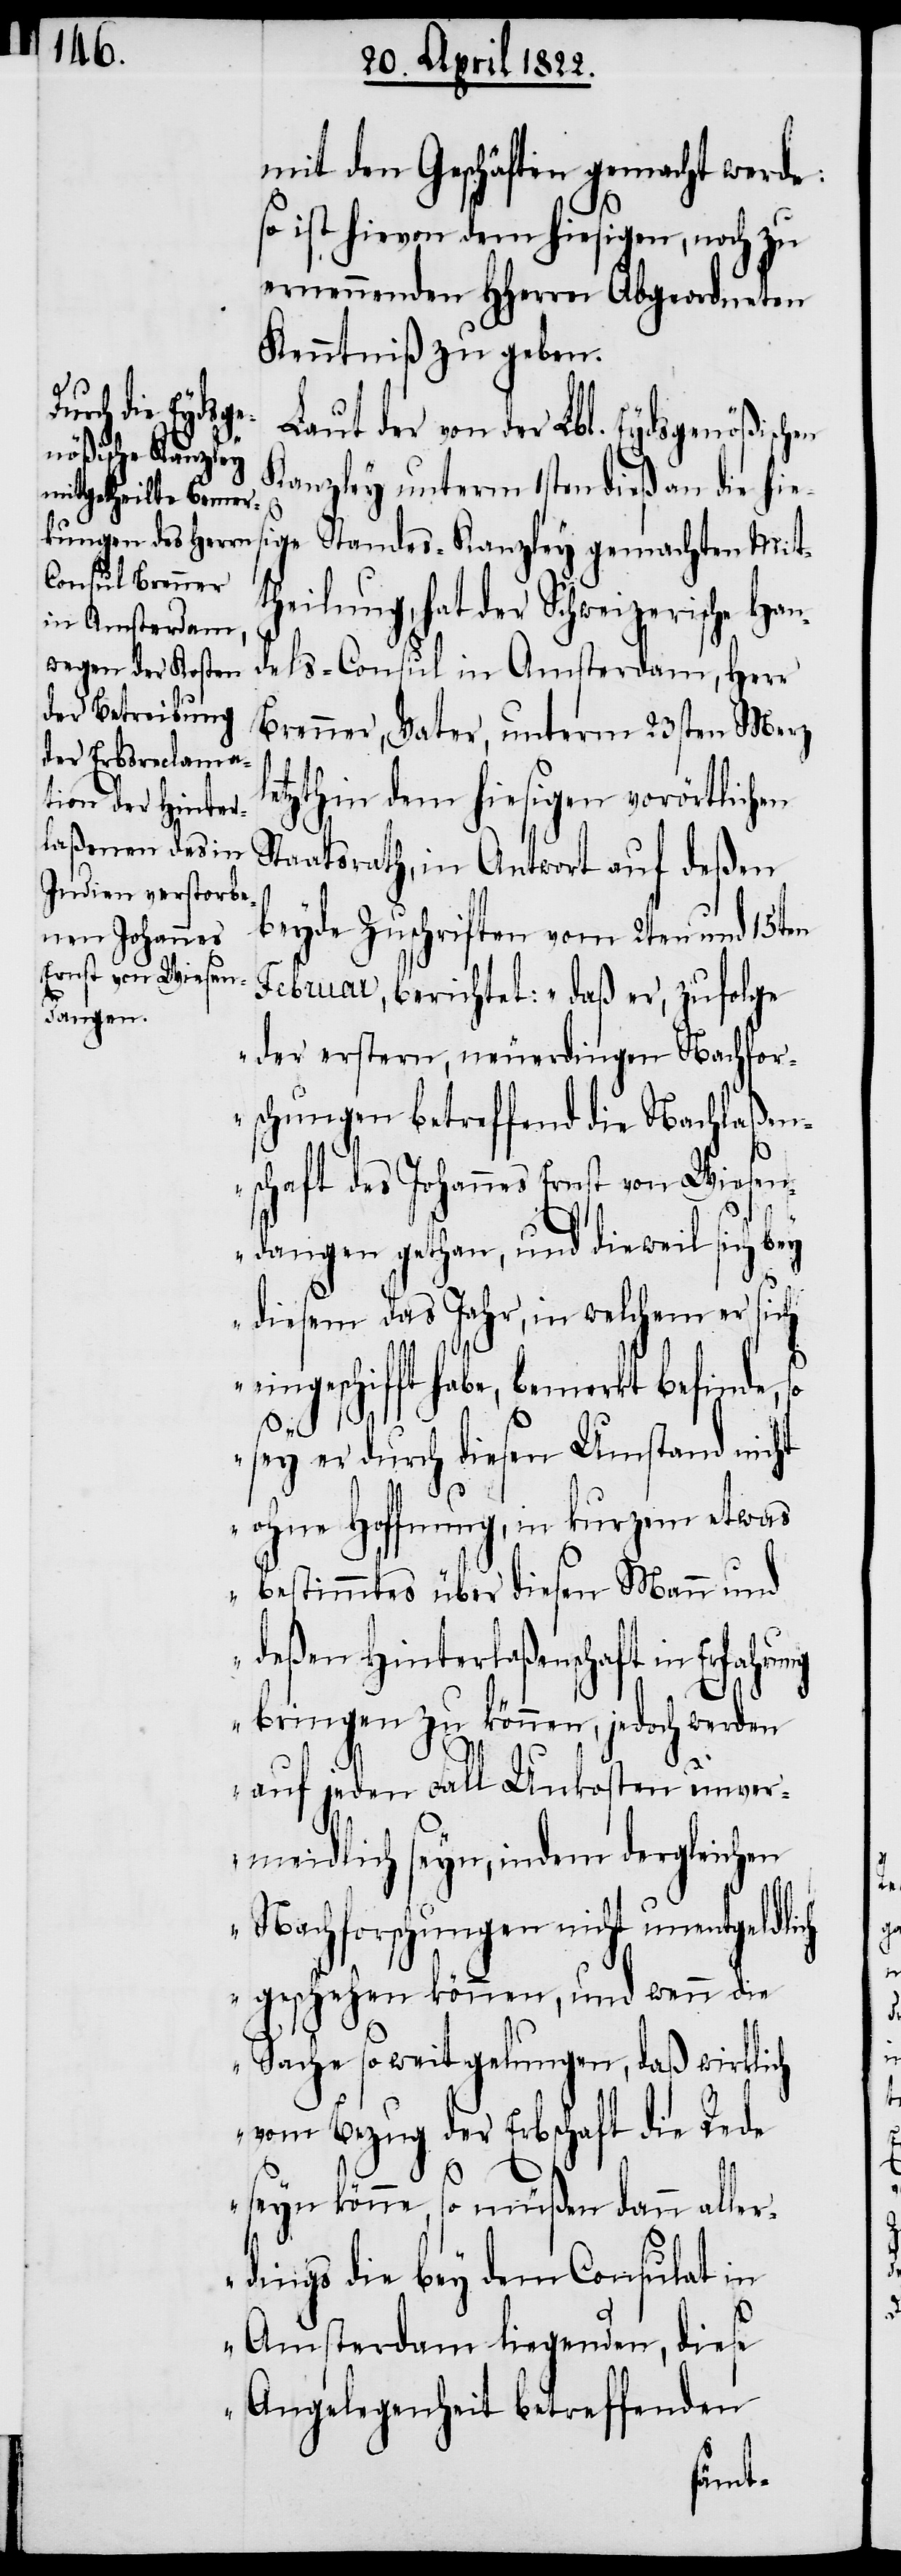
mit den Geschäften gemacht werde:
so ist hievon dem hiesigen, noch zu
ernennenden HHerrn Abgeordneten
Kenntniß zu geben.
Laut der von der Lbl. Eydsgenößischen
Kanzley unterm 1sten dieß an die hie¬
l¬
heilung, hat der Schweizeris¬
dels-Consul in Amsterdam, Herr
Brenner, Vater, unterm 23sten Merz
etzthin dem hiesigen vorörtlichen
Staatsrath, in Antwort auf deßen
beyde Zuschriften vom 2ten und 15ten
Februar, berichtet: „daß er, zufolge
der erstern, neuerdingen Nachfor¬
schungen betreffend die Nachlaßen¬
schaft des Johannes Ernst von Wiesen¬
ng
dangen gethan, und dieweil sich bey
diesem Jahr, in welchem er sich
eingeschifft habe, bemerkt befinde, so
Mitt¬
sey er durch diesen Umstand nicht
ohne Hoffnung, in kurzem etwas
bestimmtes über diesen Mann und
deßen Hinterlaßenschaft in Erfahru¬
bringen zu können, jedoch werden
auf jeden Fall Unkosten unver¬
meidlich seyn, indem dergleichen
Nachforschungen nicht unentgeldlich
geschehen können, und wenn die
Sache so weit gelungen, daß wirklich
vom Bezug der Erbschaft die Rede
seyn könne, so müßen dann alle¬
rdings die bey dem Consulat in
Amsterdam liegenden, diese
Angelegenheit betreffenden
Han¬